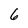
Character: 6